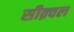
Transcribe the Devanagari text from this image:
सीक़्वल